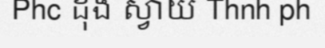
Phc ដុង ស្វាយ Thnh ph